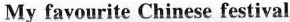
My favourite Chinese festival